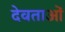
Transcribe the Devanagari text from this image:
देवताओं